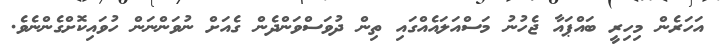
އަހަރެން މިހިރީ ބައްޕައާ ޖެހުނު މަސްއަލައެއްގައި ތިން ދުވަސްވަންދެން ގެއަށް ނުވަންނަން ހުވައިކޮށްގެންނެވެ.